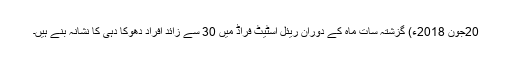
20جُون 2018ء) گزشتہ سات ماہ کے دوران ریئل اسٹیٹ فراڈ میں 30 سے زائد افراد دھوکا دہی کا نشانہ بنے ہیں۔